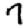
Digit: 7